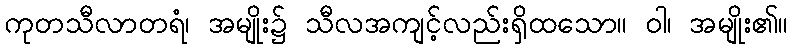
ကုတသီလာတရံ၊ အမျိုး၌ သီလအကျင့်လည်းရှိထသော။ ဝါ၊ အမျိုး၏။